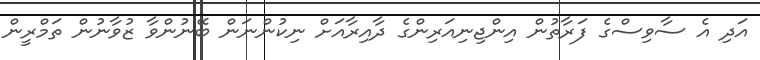
އަދި އެ ސާވިސްގެ ފަރާތުން އިންޖިނިއަރިންގެ ދާއިރާއަށް ނިކުންނަން ބޭނުންވާ ޒުވާނުން ތަމްރީން